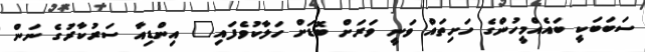
ސަބަބަކީ ބައެއްމީހުންގެ ހަށިތައް ވަނީ ވަރަށް ބޮޑަށް ހަލާކުވެފައި" އިންޑިއާ ސަރުކާރުގެ ނަން